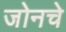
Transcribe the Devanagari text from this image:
जोनचे